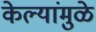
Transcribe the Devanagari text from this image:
केल्यांमुळे